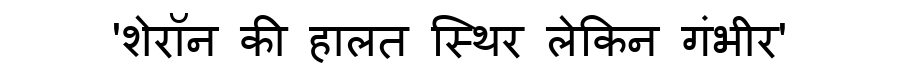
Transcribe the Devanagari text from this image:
'शेरॉन की हालत स्थिर लेकिन गंभीर'